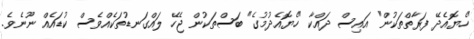
"ހެޔޮއެދޭ ފަރާތްތަކުން" އައިސް ދައްކާ "ހެޔޮއެދުމުގެ" ބަސްތަކުން ޖެހޭ ލައްގަނޑުތަކެއްވެސް ކުޑައެއް ނޫނެވެ.